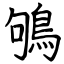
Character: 鴝